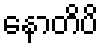
နောတိပိ